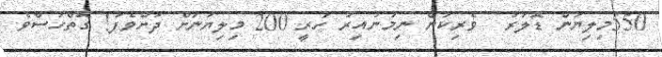
550މިލިޔަން ޑޮލަރު  ވެރިކަން ނިމުނުއިރު ހުރީ 200 މިލިޔަނަށް ދަށްވެފަ! ގޮތްހުސްވެ